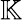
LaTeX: \mathbb{K}